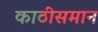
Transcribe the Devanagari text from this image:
काठीसमान